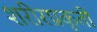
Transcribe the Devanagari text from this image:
शरीरप्रकृती